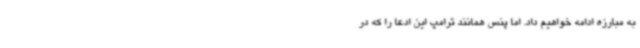
به مبارزه ادامه خواهیم داد. اما پنس همانند ترامپ این ادعا را که در